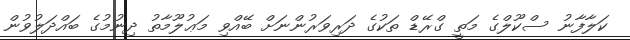
ކަލާފާނު ސްކޫލްގެ މަތީ ގްރޭޑް ތަކުގެ ދަރިވަރުންނަށް ބޭއްވި މަޢުލޫމާތު ދިނުމުގެ ބައްދަލުވުން